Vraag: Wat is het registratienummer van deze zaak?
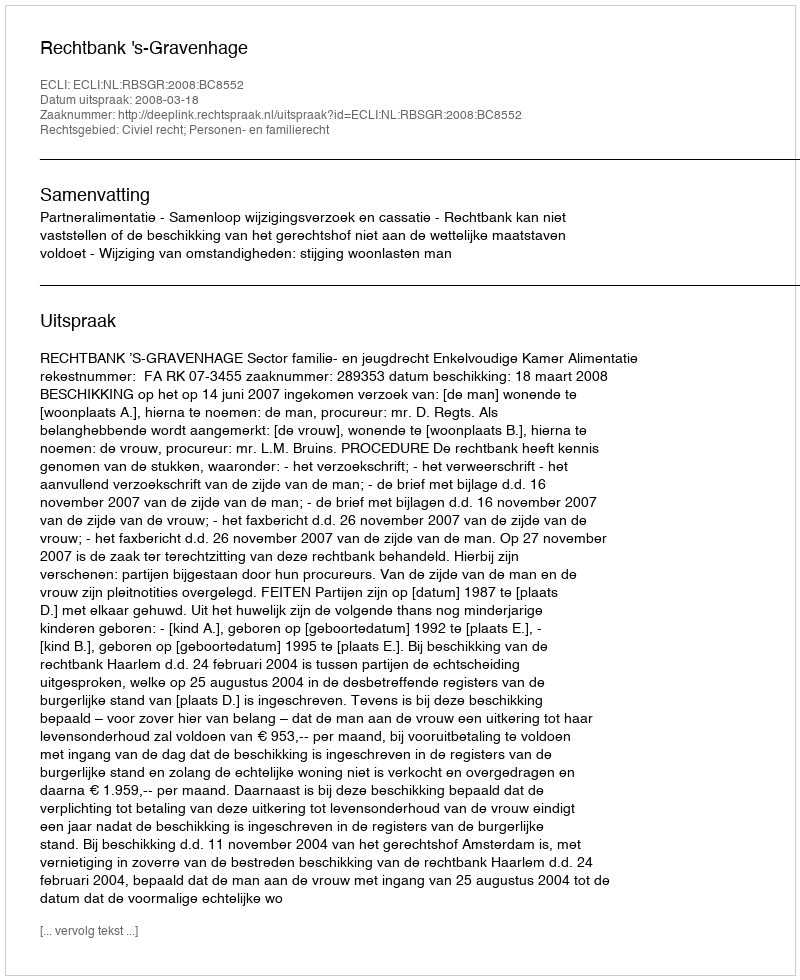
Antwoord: http://deeplink.rechtspraak.nl/uitspraak?id=ECLI:NL:RBSGR:2008:BC8552